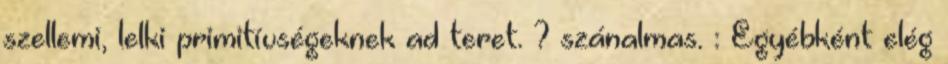
szellemi, lelki primitívségeknek ad teret. ? szánalmas. : Egyébként elég